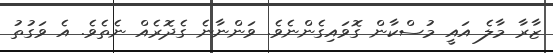
ޒާރާ މާލެ އައީ މުސްކާން ގޮވައިގެންނެވެ. ވަންނާނެ ގެދޮރެއް ނެތެވެ. އެ ވަގުތު